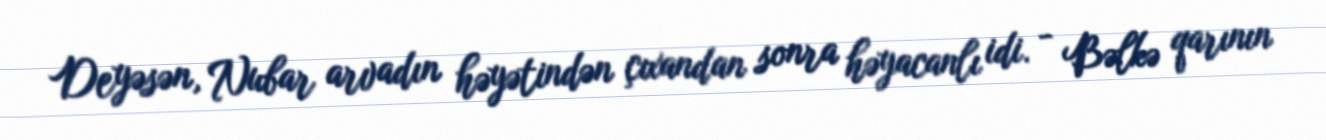
Deyəsən, Nubar arvadın həyətindən çıxandan sonra həyacanlı idi. - Bəlkə qarının